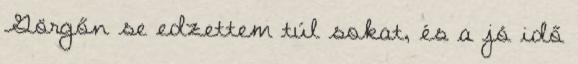
Görgőn se edzettem túl sokat, és a jó idő